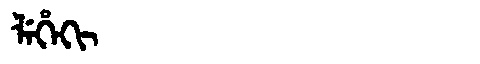
Manchu: ᠯᡝᡥᡝᡴᡳ
Romanization: LEHEKI